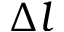
\Delta l